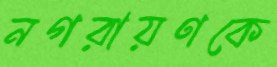
নগরায়ণকে